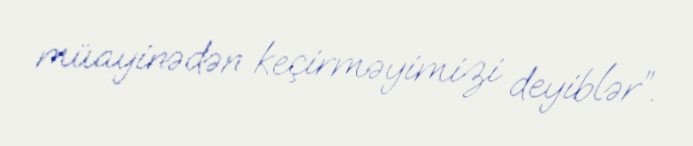
müayinədən keçirməyimizi deyiblər”.